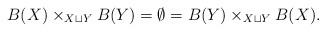
LaTeX: \begin{align*}B(X) \times_{X \sqcup Y} B(Y) = \emptyset = B(Y) \times_{X \sqcup Y} B(X). \end{align*}